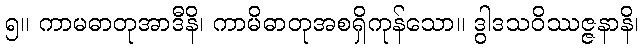
၅။ ကာမဓာတုအာဒီနိ၊ ကာမိဓာတုအစရှိကုန်သော။ ဒွါဒသဝိဿဇ္ဇနာနိ၊